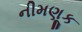
નીમણૂક